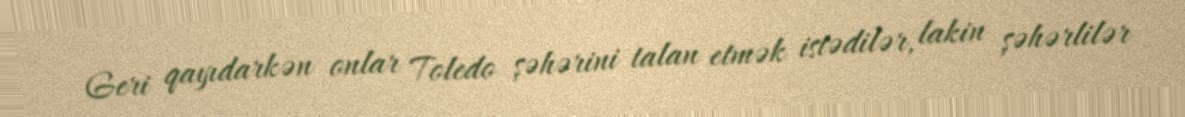
Geri qayıdarkən onlar Toledo şəhərini talan etmək istədilər, lakin şəhərlilər